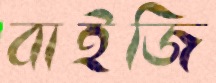
বাইজি